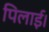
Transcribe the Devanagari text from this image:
पिलाई।